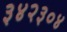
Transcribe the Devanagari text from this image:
३४२३०४